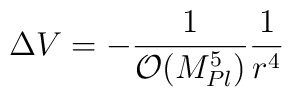
\Delta V=-{1 \over {\mathcal{O}}(M_{Pl}^5)}{1 \over r^4}